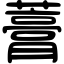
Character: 𧀎